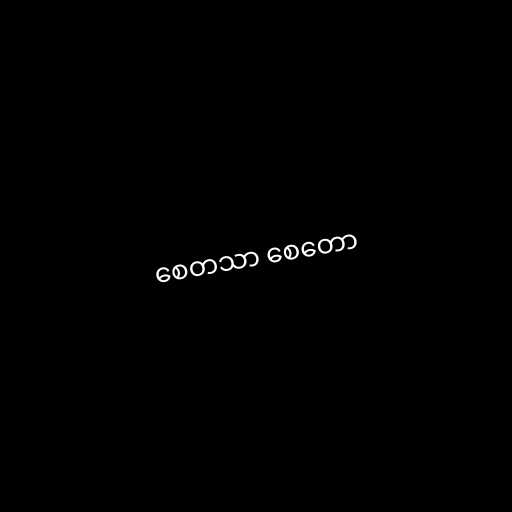
စေတသာ စေတော